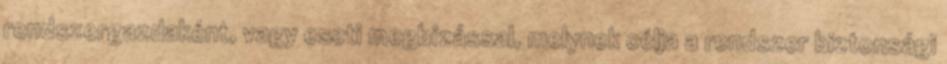
rendszergazdaként, vagy eseti megbízással, melynek célja a rendszer biztonsági